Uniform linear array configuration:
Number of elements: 8
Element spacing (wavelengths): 0.5
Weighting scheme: cosine
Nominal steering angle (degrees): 60
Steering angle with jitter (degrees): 61.933
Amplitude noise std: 0.05
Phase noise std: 0.05

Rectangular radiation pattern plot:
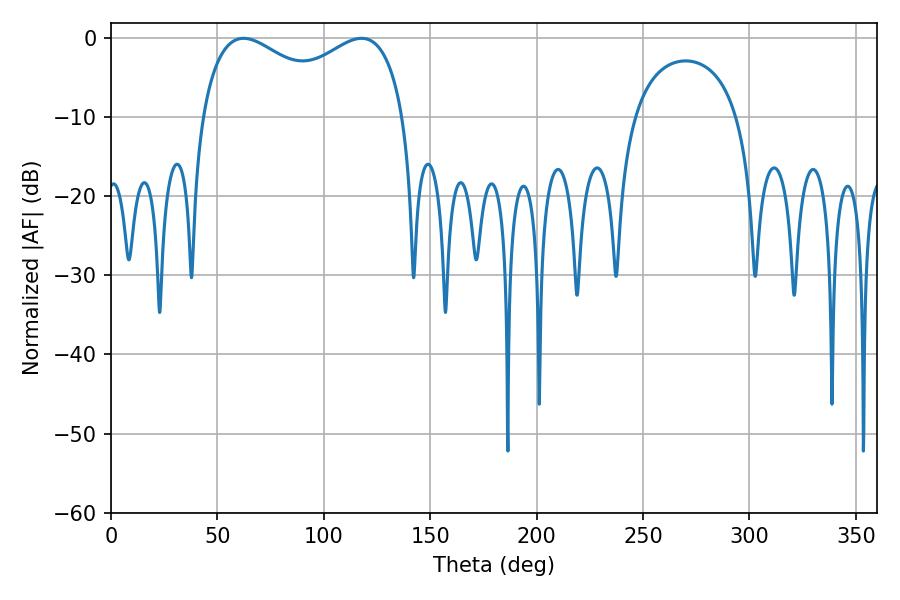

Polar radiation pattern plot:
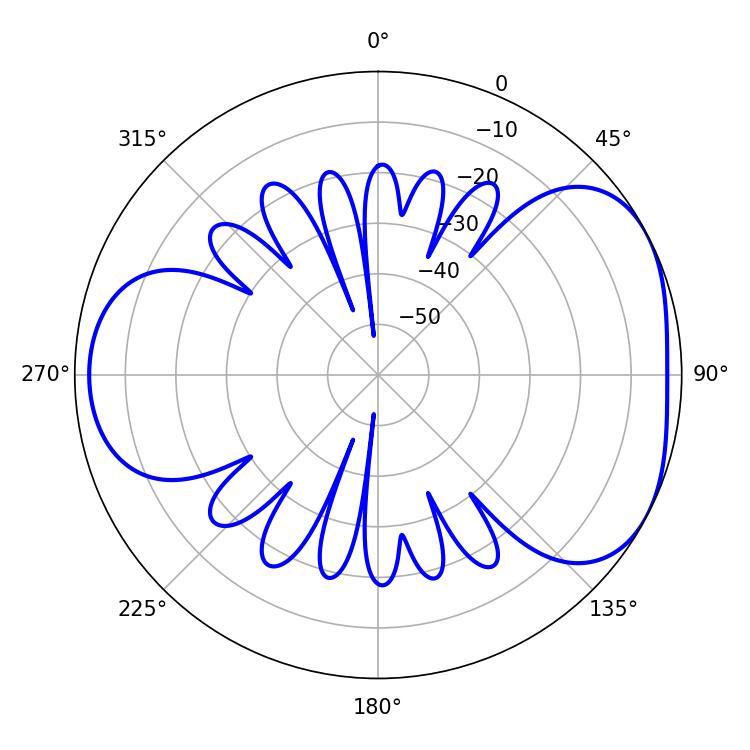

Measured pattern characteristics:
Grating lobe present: FALSE
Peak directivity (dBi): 4.476
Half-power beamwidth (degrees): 79.56
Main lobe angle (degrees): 62.28